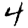
Digit: 4